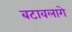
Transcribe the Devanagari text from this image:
बटावलागे